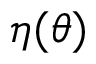
\eta ( \theta )